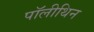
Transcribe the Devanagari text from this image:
पॉलीथिन